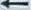
←